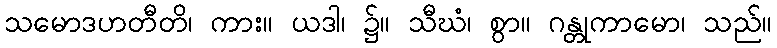
သမောဒဟတီတိ၊ ကား။ ယဒါ၊ ၌။ သီဃံ၊ စွာ။ ဂန္တုကာမော၊ သည်။